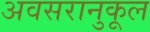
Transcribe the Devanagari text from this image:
अवसरानुकूल